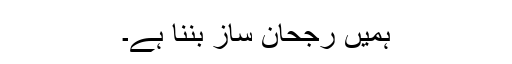
ہمیں رجحان ساز بننا ہے۔